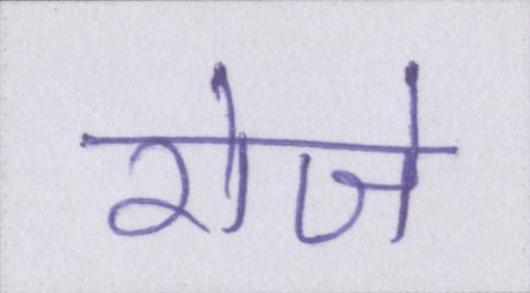
रोजे